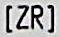
[ZR]